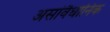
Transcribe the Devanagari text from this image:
असांवैधानिक